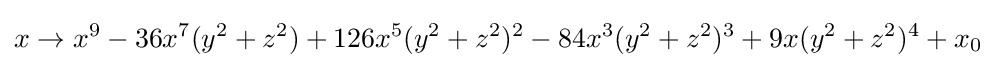
x\to x^{9}-36x^{7}(y^{2}+z^{2})+126x^{5}(y^{2}+z^{2})^{2}-84x^{3}(y^{2}+z^{2})^{3}+9x(y^{2}+z^{2})^{4}+x_{0}